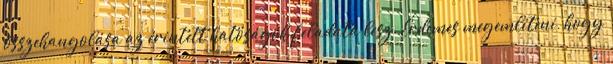
összehangolása az érintett hatóságok feladata lesz. Érdemes megemlíteni, hogy